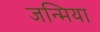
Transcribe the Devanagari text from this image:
जन्मिया